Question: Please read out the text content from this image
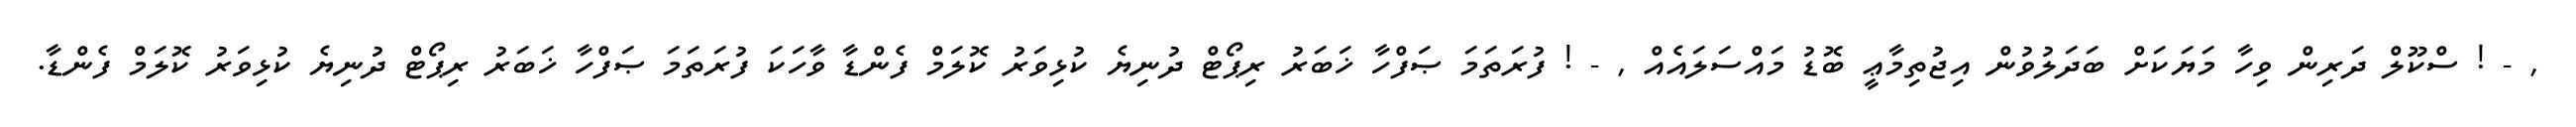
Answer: , - ! ސްކޫލް ދަރިން ވިހާ މަޔަކަށް ބަދަލުވުން އިޖުތިމާޢީ ބޮޑު މައްސަލައެއް , - ! ފުރަތަމަ ޞަފްހާ ޚަބަރު ރިޕޯޓް ދުނިޔެ ކުޅިވަރު ކޮލަމް ފެންޑާ ވާހަކަ ފުރަތަމަ ޞަފްހާ ޚަބަރު ރިޕޯޓް ދުނިޔެ ކުޅިވަރު ކޮލަމް ފެންޑާ.